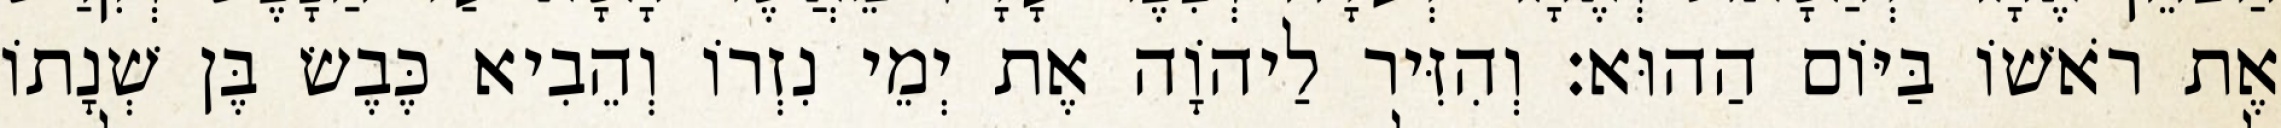
אֶת רֹאשׁוֹ בַּיּוֹם הַהוּא׃ וְהִזִּיר לַיהוָֹה אֶת יְמֵי נִזְרוֹ וְהֵבִיא כֶּבֶשׂ בֶּן שְׁנָתוֹ